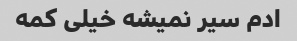
ادم سیر نمیشه خیلی کمه